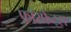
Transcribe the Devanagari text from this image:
फॉस्फेट्स